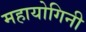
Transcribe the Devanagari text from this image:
महायोगिनी